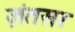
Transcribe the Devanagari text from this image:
ज़ंतसर